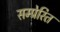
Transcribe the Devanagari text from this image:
सम्प्रेरित